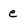
Character: e